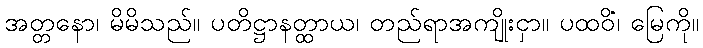
အတ္တနော၊ မိမိသည်။ ပတိဋ္ဌာနတ္ထာယ၊ တည်ရာအကျိုးငှာ။ ပထဝိံ၊ မြေကို။